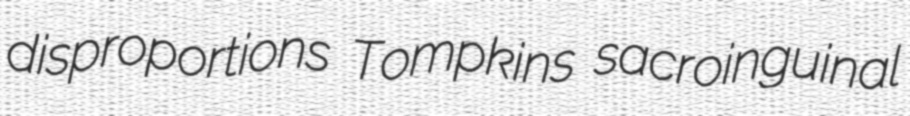
disproportions Tompkins sacroinguinal